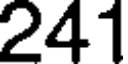
241